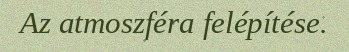
Az atmoszféra felépítése.